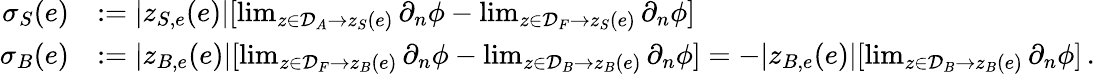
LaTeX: \begin{array}{rl}{\sigma_{S}(e)}&{:=|z_{S,e}(e)|[\operatorname*{lim}_{z\in\mathcal{D}_{A}\to z_{S}(e)}\partial_{n}\phi-\operatorname*{lim}_{z\in\mathcal{D}_{F}\to z_{S}(e)}\partial_{n}\phi]}\\ {\sigma_{B}(e)}&{:=|z_{B,e}(e)|[\operatorname*{lim}_{z\in\mathcal{D}_{F}\to z_{B}(e)}\partial_{n}\phi-\operatorname*{lim}_{z\in\mathcal{D}_{B}\to z_{B}(e)}\partial_{n}\phi]=-|z_{B,e}(e)|[\operatorname*{lim}_{z\in\mathcal{D}_{B}\to z_{B}(e)}\partial_{n}\phi]\, .}\end{array}